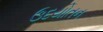
ઉદયોતન